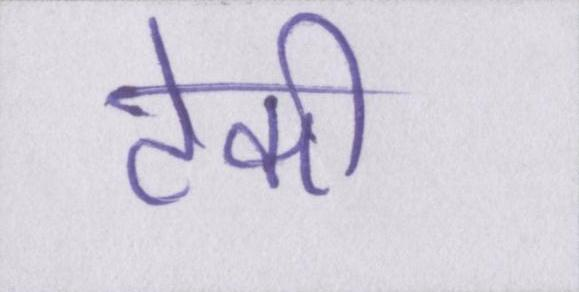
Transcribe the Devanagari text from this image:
टेकी